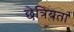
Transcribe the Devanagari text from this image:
छेत्रियता